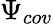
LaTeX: \Psi_{cov}